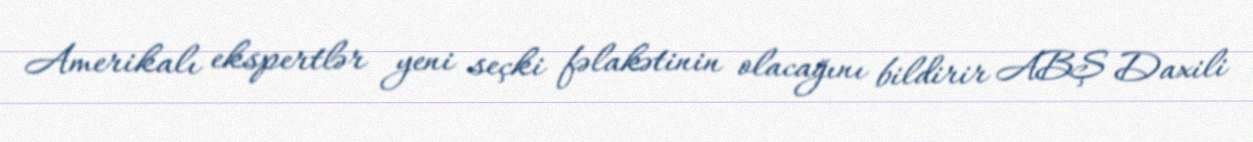
Amerikalı ekspertlər yeni seçki fəlakətinin olacağını bildirir ABŞ Daxili